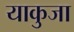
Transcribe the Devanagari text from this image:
याकुजा